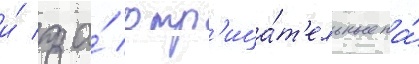
и́ за́ отр'ица́т'ельные на́